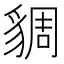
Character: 𧳜